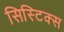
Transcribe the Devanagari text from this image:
सिस्टिक्स